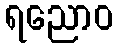
ရညောဝ